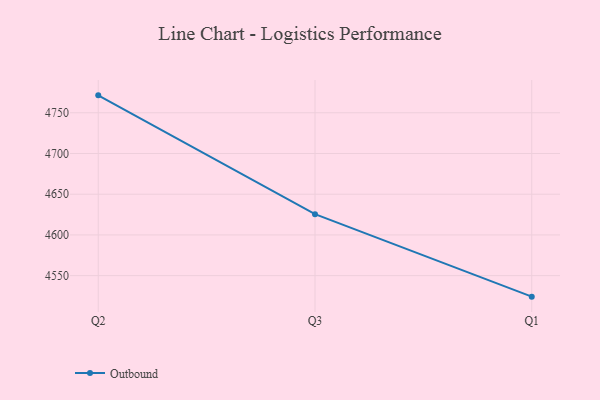
{"axis": {"x": "Quarter", "y": "Bounce Rate (%)"}, "legend": ["Outbound"], "data": [{"x": "Q2", "y": 4771.4, "type": "Outbound"}, {"x": "Q3", "y": 4625.5, "type": "Outbound"}, {"x": "Q1", "y": 4524.2, "type": "Outbound"}]}